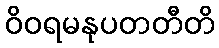
ဝိဝရမနုပတတီတိ